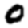
Digit: 0